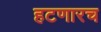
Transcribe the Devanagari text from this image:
हटणारच